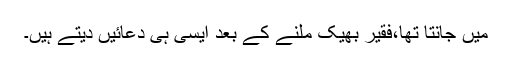
میں جانتا تھا،فقیر بھیک ملنے کے بعد ایسی ہی دعائیں دیتے ہیں۔